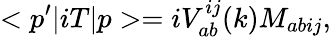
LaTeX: <p^{\prime}|iT|p>=iV_{ab}^{ij}(k)M_{abij},